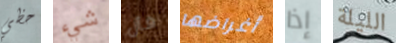
حظي شيء فأل أغراضها إذا الليلة